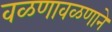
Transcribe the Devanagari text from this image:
वळणावळणाने